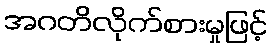
အဂတိလိုက်စားမှုဖြင့်